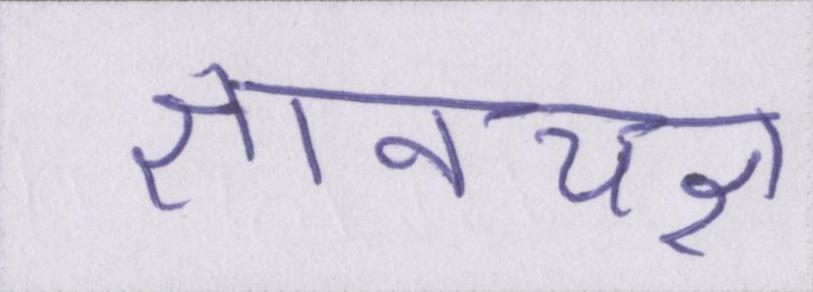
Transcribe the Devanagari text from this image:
ज्ञानयज्ञ